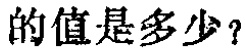
的值是多少？